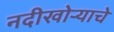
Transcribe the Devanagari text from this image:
नदीखोऱ्याचे